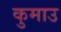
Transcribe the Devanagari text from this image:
कुमाउ